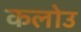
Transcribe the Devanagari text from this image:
कलोउ